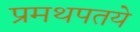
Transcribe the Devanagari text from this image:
प्रमथपतये